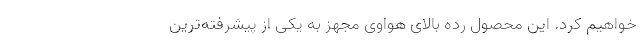
خواهیم کرد. این محصول رده بالای هواوی مجهز به یکی از پیشرفته‌ترین